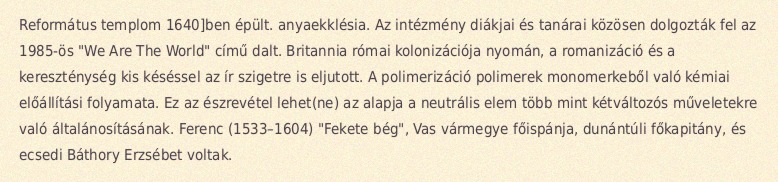
Református templom 1640]ben épült. anyaekklésia. Az intézmény diákjai és tanárai közösen dolgozták fel az 1985-ös "We Are The World" című dalt. Britannia római kolonizációja nyomán, a romanizáció és a kereszténység kis késéssel az ír szigetre is eljutott. A polimerizáció polimerek monomerkeből való kémiai előállítási folyamata. Ez az észrevétel lehet(ne) az alapja a neutrális elem több mint kétváltozós műveletekre való általánosításának. Ferenc (1533–1604) "Fekete bég", Vas vármegye főispánja, dunántúli főkapitány, és ecsedi Báthory Erzsébet voltak.